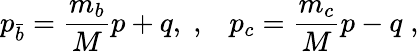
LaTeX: p_{\bar{b}}=\frac{m_{b}}{M}p+q,\; ,\; \; \; p_{c}=\frac{m_{c}}{M}p-q\; ,